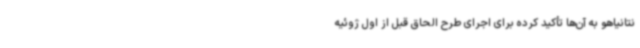
نتانیاهو به آن‌ها تأکید کرده برای اجرای طرح الحاق قبل از اول ژوئیه